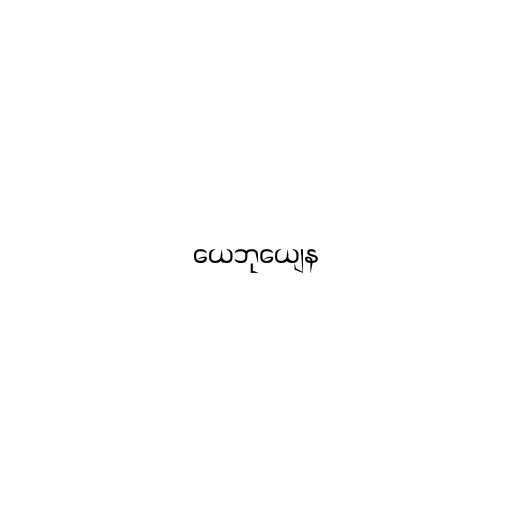
ယေဘုယျေန